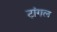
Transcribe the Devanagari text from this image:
ट्रांगल